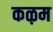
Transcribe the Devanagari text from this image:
कऴम